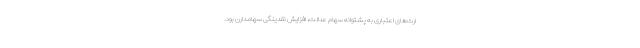
ارت‌های اعتباری به پشتوانه سهام عدالت، افزایش نقدینگی سهامدارن بود.